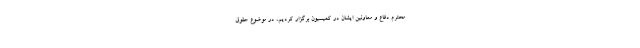
محترم دفاع و معاونین ایشان در کمیسیون برگزار کردیم، در موضوع حقوق